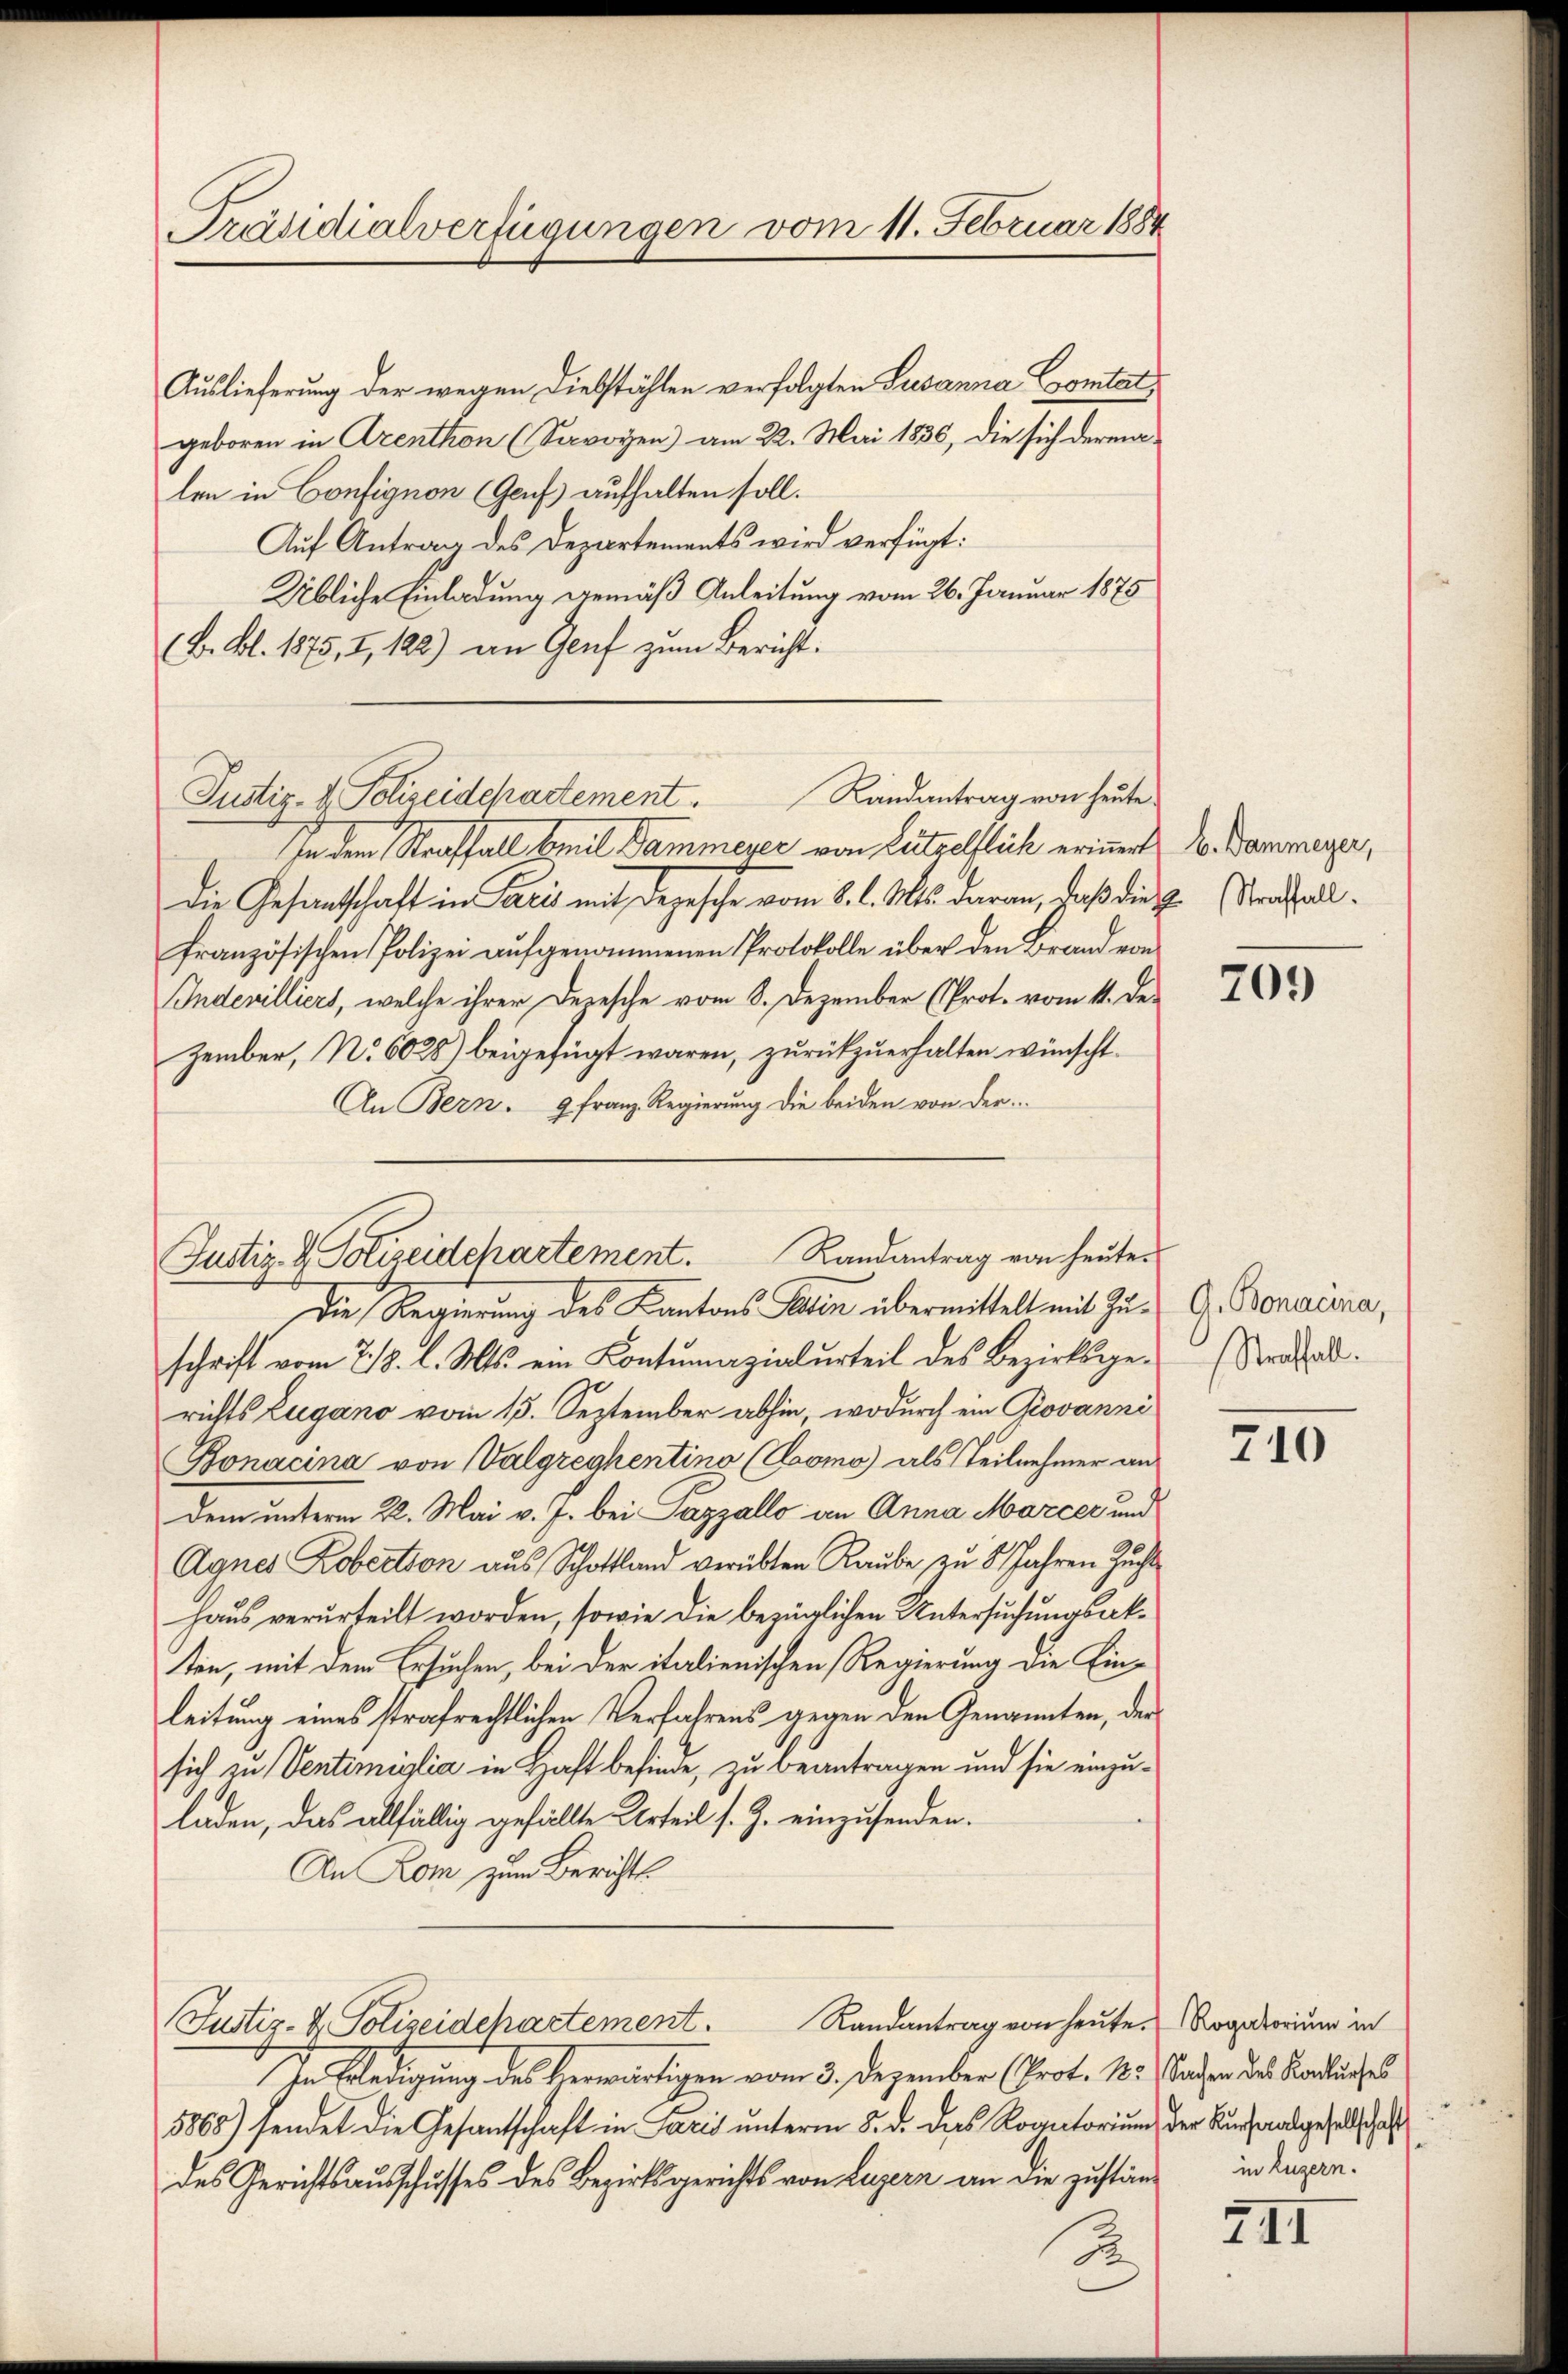
Präsidialverfügungen vom 11. Februar 1884

Auslieferung der wegen Diebstählen verfolgten Susanna Contat
geboren in Arenthon (Savoyen) am 22. Mai 1836, die sich dermalen in Confignon (Genf aufhalten soll.
Auf Antrag des Departements wird verfügt:
Übliche Einladung gemäß Anleitung vom 26. Januar 1875
(B. Bl. 1875, 7, 122) an Genf zum Bericht.
In dem Straffall mit Dammerer von Lützelflich erinnert u. Dammene,
Die Gesandtschaft in Paris mit Depesche vom 8. l. Mts. daran, daß die z. Straffallfranzösischen Polizei aufgenommenen Protokolle über den Brand von
Indevilliers, welche ihrer Depesche vom 8. Dezember (Prot. vom 11. De-
Zember, No 6028) beigefügt waren, zurückzuerhalten wünscht.
An Bern. 9 franz Regierŭng die beiden von der

Justiz- & Polizeidchartement. Randantrag von heuten
Die Regierung des Kantons Patien übermittelt mit Zu¬

schrift vom 28. l. Mts. ein Contumazialurteil des Bezirksge-
richts Lugano vom 13. September abhin, wodurch ein Rovanni
Bonacina von Valgreyhentino (Soomo) als Teilnehmer an
dem unterm 22. Mai v. J. bei Pazzallo an Anna Marcer und
Agnes Kobection aus Schottland verübten Raube, zu 8 Jahren Zucht
haus verurteilt worden, sowie die bezüglichen Untersuchungsakten, mit dem Ersuchen, bei der italienischen Regierung die Einleitung eines strafrechtlichen Verfahrens gegen den Genannten, der
sich zu Ventimiglia in Haft befinde, zu beantragen und sie einzuladen, das allfällig gefällte Urteil s. Z. einzusenden.
An Rom zum Berichts
Randantrag von heute. Rogatorium in
Justiz- & Polizeidchartement.
In Erledigung des Herwärtigen vom 3. Dezember (Prot. N. Baden des Kandliches
5868) sendet die Gesandtschaft in Paris unterm 8. d. das Rogatorium der Kunsaalgesellschaft
des Gerichtsausschusses des Bezirksgerichts von Luzern an die zustän-

Justiz- & Polizeidchartement.

Randantrag von heute.

2

709

G. Bonacina,
Straffall.

710

in Luzern.

XII